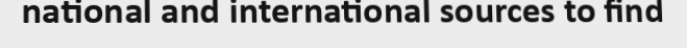
national and international sources to find